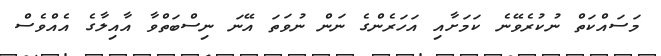
މަސައްކަތް ނުކުރެވޭނެ ކަމަށާއި އަހަރެންގެ ނަން ނުވަތަ އޭނަ ނިސްބަތްވާ އާއިލާގެ އެއްވެސް